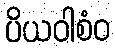
ပိယဝါစံဝ